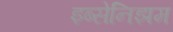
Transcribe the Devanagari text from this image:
इब्सेनिझम